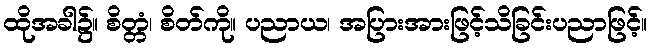
ထိုအခါ၌။ စိတ္တံ၊ စိတ်ကို။ ပညာယ၊ အပြားအားဖြင့်သိခြင်းပညာဖြင့်။